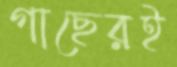
গাছেরই